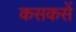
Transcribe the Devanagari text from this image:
कसकसें